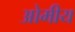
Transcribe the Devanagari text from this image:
ओमीय